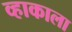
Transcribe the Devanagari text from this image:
व्हाकाला